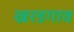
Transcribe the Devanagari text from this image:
खरडगाव